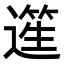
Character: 𨖬